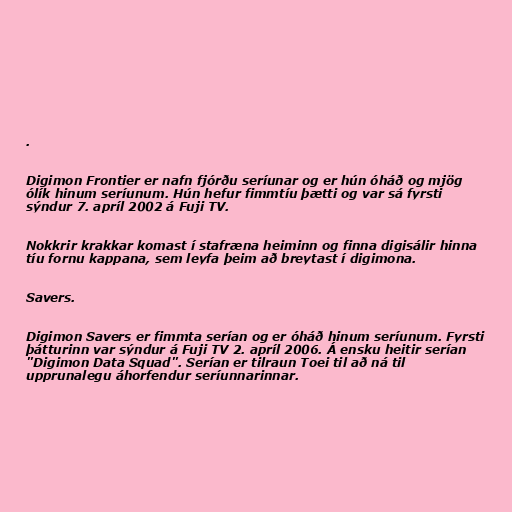
.

Digimon Frontier er nafn fjórðu seríunar og er hún óháð og mjög
ólík hinum seríunum. Hún hefur fimmtíu þætti og var sá fyrsti
sýndur 7. apríl 2002 á Fuji TV.

Nokkrir krakkar komast í stafræna heiminn og finna digisálir hinna
tíu fornu kappana, sem leyfa þeim að breytast í digimona.

Savers.

Digimon Savers er fimmta serían og er óháð hinum seríunum. Fyrsti
þátturinn var sýndur á Fuji TV 2. apríl 2006. Á ensku heitir serían
"Digimon Data Squad". Serían er tilraun Toei til að ná til
upprunalegu áhorfendur seríunnarinnar.